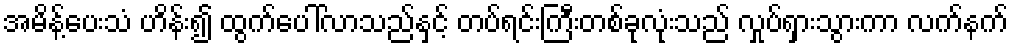
အမိန့်ပေးသံ ဟိန်း၍ ထွက်ပေါ်လာသည်နှင့် တပ်ရင်းကြီးတစ်ခုလုံးသည် လှုပ်ရှားသွားကာ လက်နက်